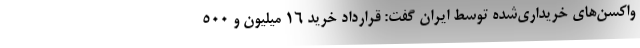
واکسن‌های خریداری‌شده توسط ایران گفت: قرارداد خرید ۱۶ میلیون و ۵۰۰